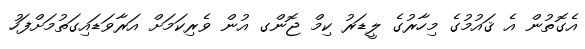
އެގޮތުން އެ ޤައުމުގެ މިހާރުގެ ލީޑަރު ކިމް ޖޮންގ އުން ވެރިކަމަށް އަރާވަޑައިގަތުމަށްފަހު